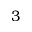
3